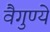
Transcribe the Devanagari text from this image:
वैगुण्ये